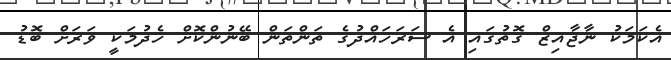
އެކަމަކު ނާޖާއިޒް ގޮތުގައި އެ ސަރަހައްދުގެ ތަންތަން ބޭނުންކޮށް ހެދުމަކީ ވަރަށް ބޮޑު